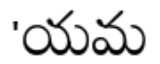
'యమ